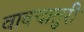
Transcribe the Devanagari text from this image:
वाक्चातुरी